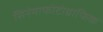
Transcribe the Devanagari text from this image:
सिनेमाफोटोग्राफिक